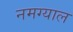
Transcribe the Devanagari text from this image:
नमग्याल